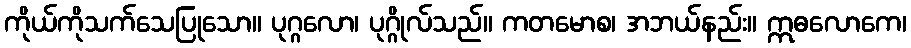
ကိုယ်ကိုသက်သေပြုသော။ ပုဂ္ဂလော၊ ပုဂ္ဂိုလ်သည်။ ကတမောစ၊ အဘယ်နည်း။ ဣဓလောကေ၊